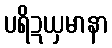
ပရိဍယှမာနာ